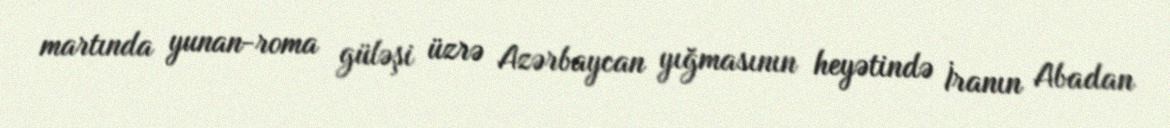
martında yunan-roma güləşi üzrə Azərbaycan yığmasının heyətində İranın Abadan